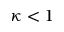
\kappa < 1